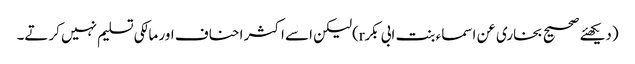
(دیکھئے صحیح بخاری عن اسماء بنت ابی بکرr)لیکن اسے اکثر احناف اور مالکی تسلیم نہیں کرتے۔